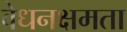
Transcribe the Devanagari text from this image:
वेधनक्षमता